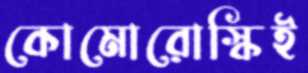
কোমোরোস্কিই